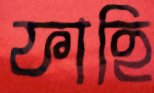
ফাহি